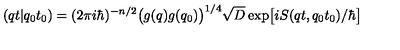
( q t \vert q _ { 0 } t _ { 0 } ) = ( 2 \pi i \hbar ) ^ { - n / 2 } \bigl ( g ( q ) g ( q _ { 0 } ) \bigr ) ^ { 1 / 4 } \sqrt { D } \exp \bigl [ i S ( q t , q _ { 0 } t _ { 0 } ) / \hbar \bigr ]